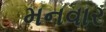
મનવાર